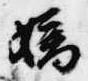
嫡